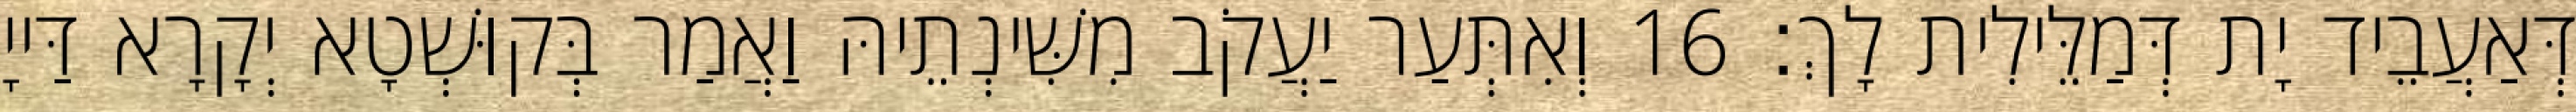
דְּאַעֲבֵיד יָת דְּמַלֵּילִית לָךְ׃ 16 וְאִתְּעַר יַעֲקֹב מִשִּׁינְתֵיהּ וַאֲמַר בְּקוּשְׁטָא יְקָרָא דַּייָ